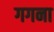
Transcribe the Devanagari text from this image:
गगना